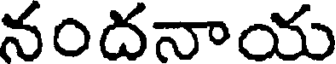
నందనాయ